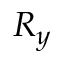
R _ { y }